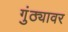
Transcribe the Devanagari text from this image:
गुंठ्यावर